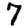
Digit: 7